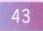
$43$